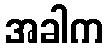
အခါက